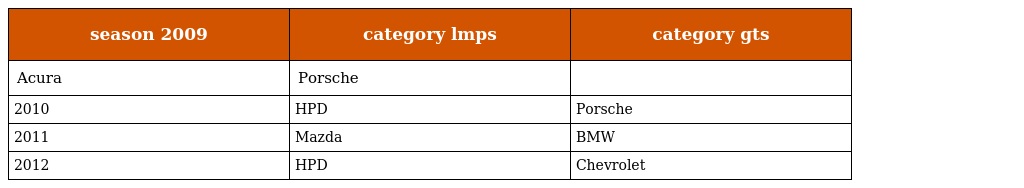
| season 2009 | category lmps | category gts |
 | --- | --- | --- |
 | Acura | Porsche |  |
 | 2010 | HPD | Porsche |
 | 2011 | Mazda | BMW |
 | 2012 | HPD | Chevrolet |